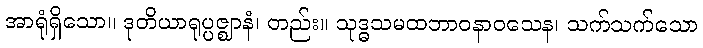
အာရုံရှိသော။ ဒုတိယာရုပ္ပဇ္ဈာနံ၊ တည်း။ သုဒ္ဓသမထဘာဝနာဝသေန၊ သက်သက်သော